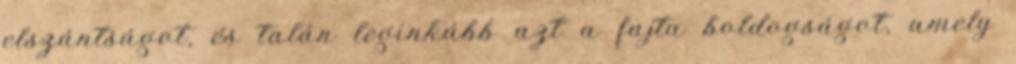
elszántságot, és talán leginkább azt a fajta boldogságot, amely